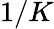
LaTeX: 1/K